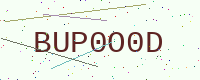
Text: BUP0O0D